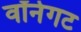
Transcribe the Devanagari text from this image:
वॉनेगट